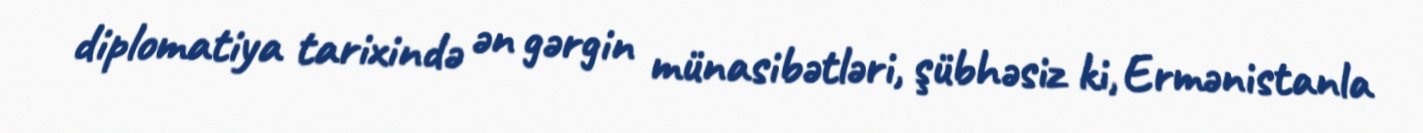
diplomatiya tarixində ən gərgin münasibətləri, şübhəsiz ki, Ermənistanla